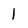
Character: 1